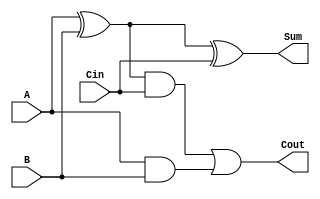
module CarrySaveAdder (
    input [3:0] A,      // First operand
    input [3:0] B,      // Second operand
    input [3:0] Cin,    // Carry input
    output [3:0] Sum,   // Partial sum output
    output [3:0] Cout    // Carry output
);

    wire [3:0] P;       // Partial sums
    wire [3:0] C;       // Carry outputs

    // Generate partial sums and carries
    assign P = A ^ B;   // Partial sum: A XOR B
    assign C = A & B;   // Carry: A AND B

    // Combine partial sums and carries with carry input
    wire [3:0] P_final;
    wire [3:0] C_final;

    assign P_final = P ^ Cin; // Final partial sum with carry input
    assign C_final = (P & Cin) | C; // Final carry output

    // Final outputs
    assign Sum = P_final; // Final sum output
    assign Cout = C_final; // Final carry output

endmodule